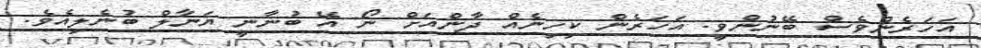
އަހަރެންވެސް ބޭނުންވީ. އަހަރެން ކިހިނެއް ދާންއަށް ނޯ އޭ ބުނާނީ ޔަނާލް ބުނެލިއެވެ.